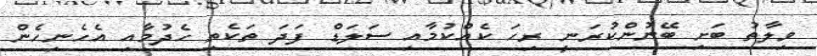
ވިލާތު ބަށި ބޭނުންކުރަނީ ރިހަ ކެއްކުމާއި ސަލަޑް ފަދަ ތަކެތި ހެދުމާއި އެހެނިހެން